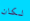
لكان